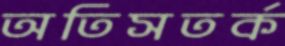
অতিসতর্ক